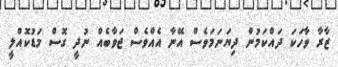
ޒާރާ ވާހަކަ ދައްކަމުން ދިޔަނަމަވެސް އޭނާ އެއްވެސް ޖަވާބެއް ނުދީ ގޮސް މަޑުކޮއްލީ